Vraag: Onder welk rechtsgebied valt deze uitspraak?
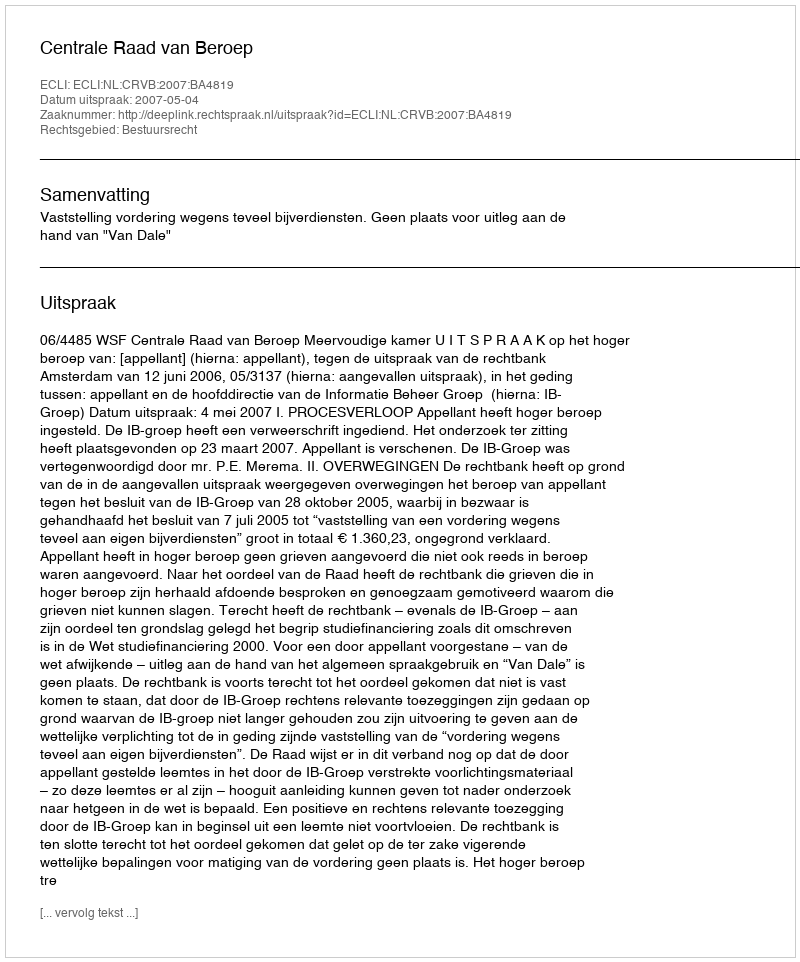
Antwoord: Bestuursrecht